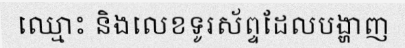
ឈ្មោះ និងលេខទូរស័ព្ទដែលបង្ហាញ